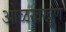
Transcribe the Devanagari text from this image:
ओळखखूण